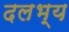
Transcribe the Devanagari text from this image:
दलभ्य